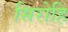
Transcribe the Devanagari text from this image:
सिरोहि